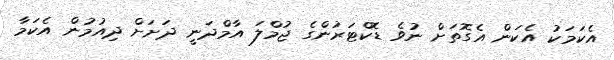
އެކަމަކު އެކަން އެގޮތަށް ނުވެ ޑޮކްޓަރުންގެ ޖުމްލަ އާމްދަނީ ދަށަށް ދިއުމުން އެކަމާ